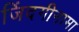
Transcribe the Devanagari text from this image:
जिंदगीनामा